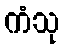
ကံသု